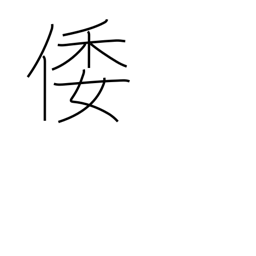
Meaning: ancient Japan